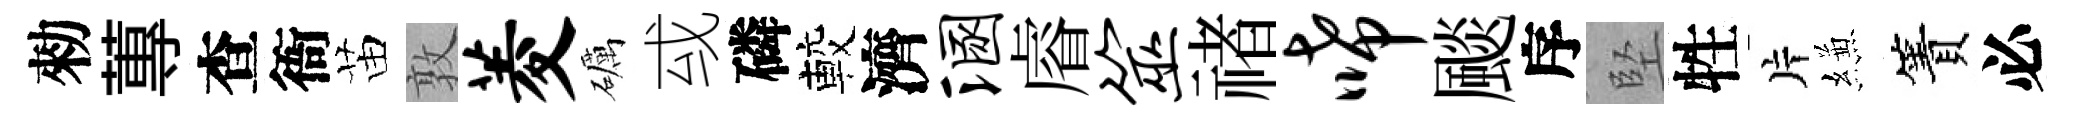
勑蓴查衙苗敦菱礪㦯磷較濟溷𥈠筮禇唏颷序堅牲片縑簀必